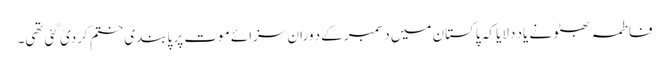
فاطمہ بھٹو نے یاد دلایا کہ پاکستان میں دسمبر کےد وران سزائے موت پر پابندی ختم کردی گئی تھی۔